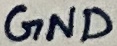
Text: GND